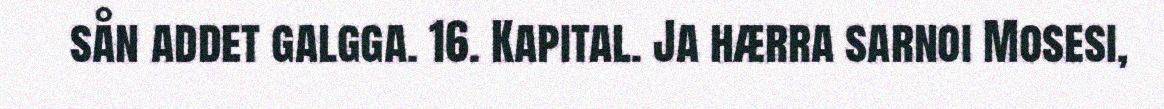
sån addet galgga. 16. Kapital. Ja hærra sarnoi Mosesi,